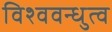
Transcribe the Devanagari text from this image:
विश्ववन्धुत्व